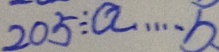
2 0 5 \div a \cdots b